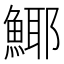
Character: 𩸾